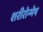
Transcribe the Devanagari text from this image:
शरीरोन्मेष